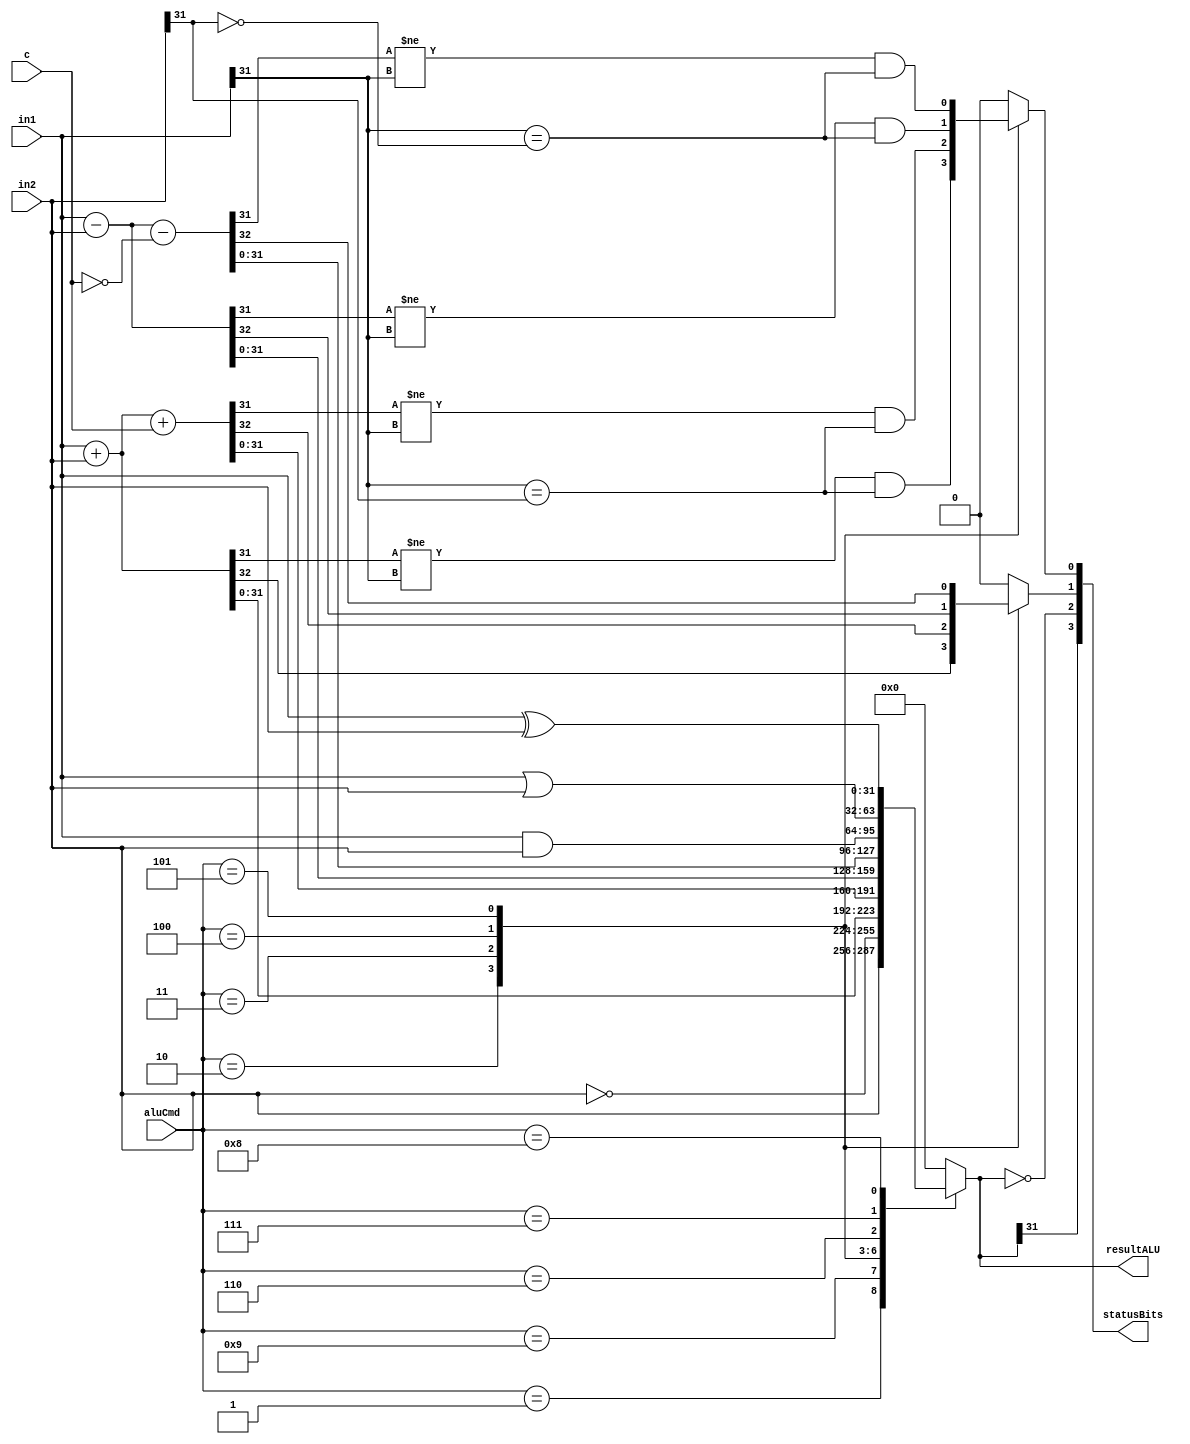
module ALU(
    input [31:0] in1, in2,
    input c,
    input [3:0] aluCmd,
    output reg [31:0] resultALU,
    output [3:0] statusBits
);
    reg V, C;
    wire N, Z;

    always @(aluCmd, in1, in2, c) begin
        {V, C, resultALU} = 34'b0;
        case(aluCmd)
            4'b0001: resultALU = in2;
            4'b1001: resultALU = ~in2;
            4'b0010: begin
                {C, resultALU} = in1 + in2;
                V = (resultALU[31] != in1[31]) && (in1[31]==in2[31]);
            end
            4'b0011: begin
                {C, resultALU} = in1 + in2 + c;
                V = (resultALU[31] != in1[31]) && (in1[31]==in2[31]);
            end
            4'b0100: begin 
                {C, resultALU} = in1 - in2;
                V = (resultALU[31] != in1[31]) && (in1[31]==~in2[31]);
            end
            4'b0101: begin 
                {C, resultALU} = in1 - in2 - {31'b0, ~c};
                V = (resultALU[31] != in1[31]) && (in1[31]==~in2[31]);
            end
            4'b0110: resultALU = in1 & in2;
            4'b0111: resultALU = in1 | in2;
            4'b1000: resultALU = in1 ^ in2;
            4'b0110: resultALU = in1 & in2;
        endcase
    end

    assign N = resultALU[31];
    assign Z = (resultALU == 32'b0);
    assign statusBits = {N, Z, C, V};

endmodule